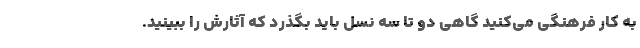
به کار فرهنگی می‌کنید گاهی دو تا سه نسل باید بگذرد که آثارش را ببینید.